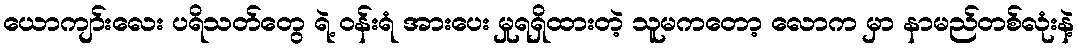
ယောကျာ်းလေး ပရိသတ်တွေ ရဲ့ ဝန်းရံ အားပေး မှုရရှိထားတဲ့ သူမကတော့ လောက မှာ နာမည်တစ်လုံးနဲ့